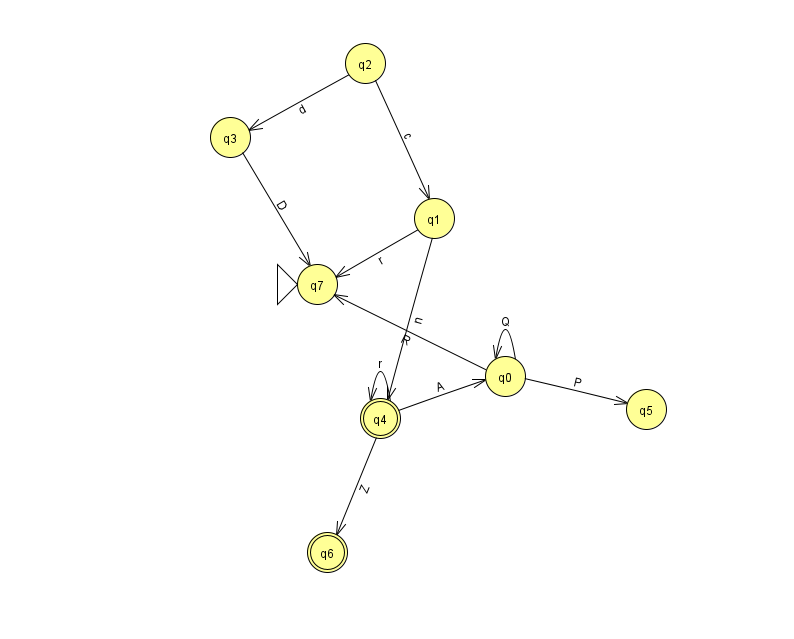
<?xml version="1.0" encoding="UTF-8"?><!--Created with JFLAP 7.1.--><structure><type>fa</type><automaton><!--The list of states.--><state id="0" name="q0"><x>505.0</x><y>363.0</y></state><state id="1" name="q1"><x>434.0</x><y>205.0</y></state><state id="2" name="q2"><x>365.0</x><y>50.0</y></state><state id="3" name="q3"><x>230.0</x><y>124.0</y></state><state id="4" name="q4"><x>380.0</x><y>405.0</y><final/></state><state id="5" name="q5"><x>646.0</x><y>396.0</y></state><state id="6" name="q6"><x>327.0</x><y>539.0</y><final/></state><state id="7" name="q7"><x>317.0</x><y>271.0</y><initial/></state><!--The list of transitions.--><transition><from>1</from><to>4</to><read>n</read></transition><transition><from>4</from><to>0</to><read>A</read></transition><transition><from>0</from><to>0</to><read>Q</read></transition><transition><from>4</from><to>4</to><read>r</read></transition><transition><from>0</from><to>7</to><read>R</read></transition><transition><from>2</from><to>1</to><read>c</read></transition><transition><from>3</from><to>7</to><read>D</read></transition><transition><from>0</from><to>5</to><read>P</read></transition><transition><from>1</from><to>7</to><read>r</read></transition><transition><from>4</from><to>6</to><read>Z</read></transition><transition><from>2</from><to>3</to><read>d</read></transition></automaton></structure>